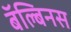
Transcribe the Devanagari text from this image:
बॅल्बिनस